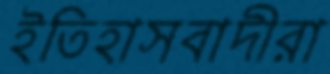
ইতিহাসবাদীরা